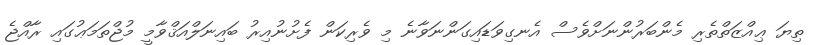
ތިޔަ ޢިއްޒަތްތެރި މެންބަރުންނަށްވެސް އެނގިވަޑައިގަންނަވާނެ މި ވެރިކަން ފެށުނުއިރު ބައިނަލްއަޤްވާމީ މުޖްތަމަޢުގައި ރާއްޖެ